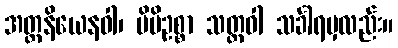
အတ္တနိယေနဝါ၊ မိမိဥစ္စာ သတ္တဝါ သင်္ခါရမှလည်း။